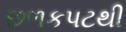
છળકપટથી